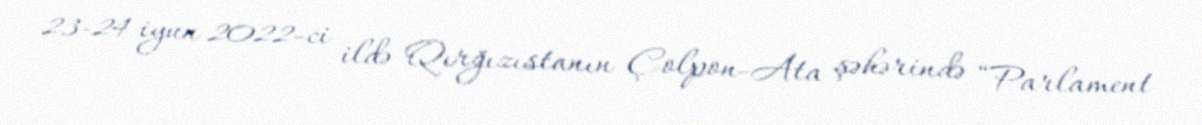
23-24 iyun 2022-ci ildə Qırğızıstanın Çolpon-Ata şəhərində “Parlament